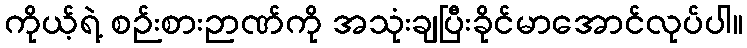
ကိုယ့်ရဲ့ စဉ်းစားဉာဏ်ကို အသုံးချပြီးခိုင်မာအောင်လုပ်ပါ။